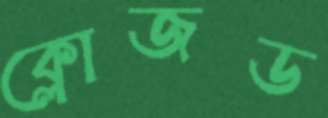
ক্লোজড